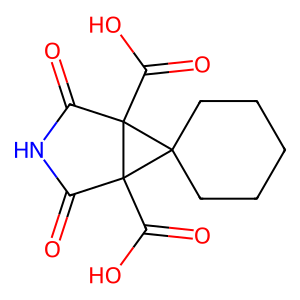
SMILES: O=C(O)C12C(=O)NC(=O)C1(C(=O)O)C21CCCCC1
Inhibits HIV replication: No